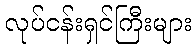
လုပ်ငန်းရှင်ကြီးများ